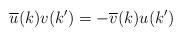
LaTeX: \begin{align*}\overline{u}(k)v(k') = - \overline{v}(k)u(k')\end{align*}